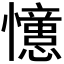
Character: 𭟞